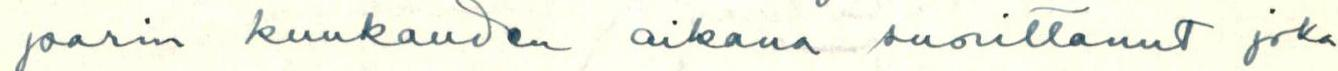
parin kuukauden aikana suorittanut joka